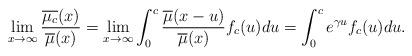
LaTeX: \begin{align*}\lim_{x\to\infty}\frac{\overline{\mu_c}(x)}{\overline{\mu}(x)} = \lim_{x\to\infty}\int_0^c\frac{\overline{\mu}(x-u)}{\overline{\mu}(x)} f_c(u)du=\int_0^ce^{\gamma u}f_c(u)du. \end{align*}